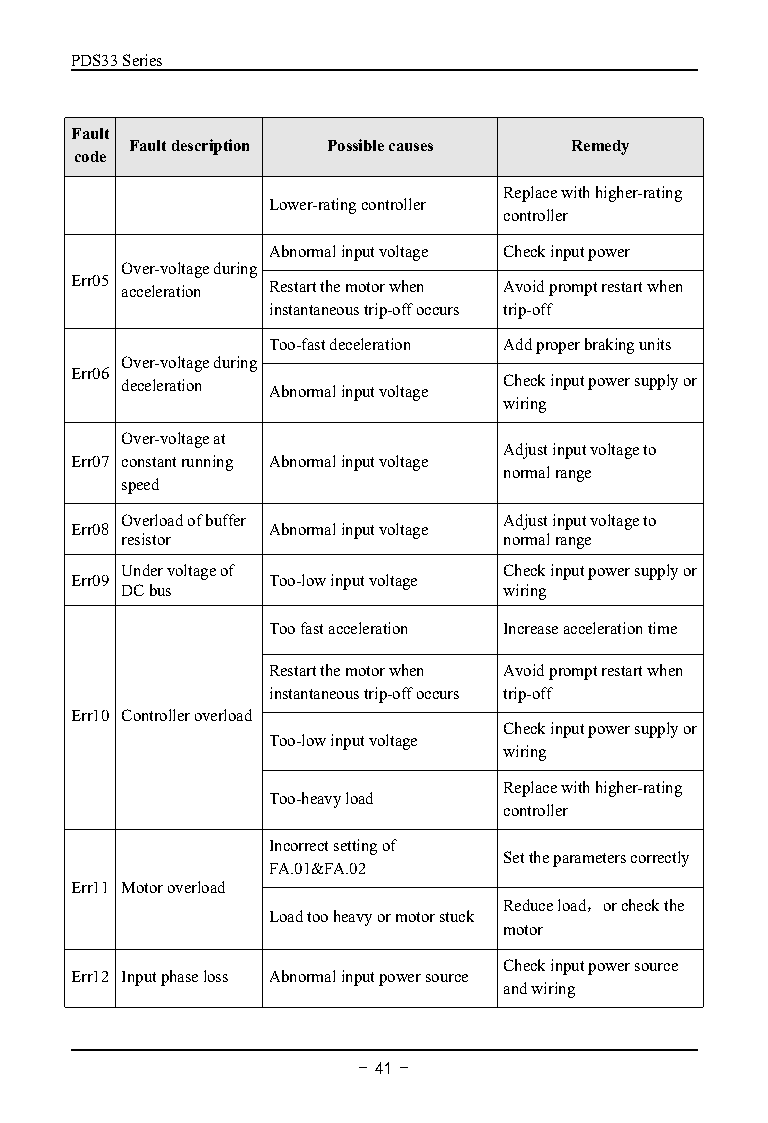
PDS33Series
 Fault
 Faultdescription Possiblecauses Remedy
 code
 Replacewithhigher-rating
 Lower-ratingcontroller
 controller
 Abnormalinputvoltage Checkinputpower
 Over-voltageduring
 Err05 acceleration Restartthemotorwhen Avoidpromptrestartwhen
 instantaneoustrip-offoccurs trip-off
 Too-fastdeceleration Addproperbrakingunits
 Over-voltageduring
 Err06 deceleration Abnormalinputvoltage Checkinputpowersupplyor
 wiring
 Over-voltageat
 Adjustinputvoltageto
 Err07 constantrunning Abnormalinputvoltage
 normalrange
 speed
 Overloadofbuffer         Adjustinputvoltageto
 Err08        Abnormalinputvoltage
 resistor                 normalrange
 Undervoltageof           Checkinputpowersupplyor
 Err09        Too-lowinputvoltage
 DCbus                    wiring
 Toofastacceleration Increaseaccelerationtime
 Restartthemotorwhen Avoidpromptrestartwhen
 instantaneoustrip-offoccurs trip-off
 Err10 Controlleroverload
 Checkinputpowersupplyor
 Too-lowinputvoltage
 wiring
 Replacewithhigher-rating
 Too-heavyload
 controller
 Incorrectsettingof
 Settheparameterscorrectly
 FA.01&FA.02
 Err11 Motoroverload
 Reduceload，orcheckthe
 Loadtooheavyormotorstuck
 motor
 Checkinputpowersource
 Err12 Inputphaseloss Abnormalinputpowersource
 andwiring
 - 41 -